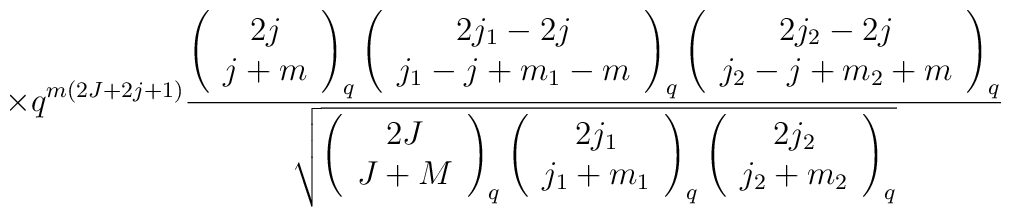
\times q^{m(2J+2j+1)}\frac {\left (\begin{array}{c}2j\\j+m\end{array}\right )_{q}\left (\begin{array}{c}2j_{1}-2j\\j_{1}-j+m_{1}-m\end {array}\right )_{q}\left (\begin{array}{c}2j_{2}-2j\\j_{2}-j+m_{2}+m\end{array}\right )_{q}}{\sqrt {\left (\begin{array}{c}2J\\J+M\end{array}\right )_{q}\left (\begin{array}{c}2j_{1}\\j_{1} +m_{1}\end{array}\right )_{q}\left (\begin{array}{c}2j_{2}\\j_{2} +m_{2}\end{array}\right )_{q}} }